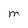
Character: M